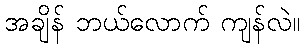
အချိန် ဘယ်လောက် ကျန်လဲ။